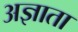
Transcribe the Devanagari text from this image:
अज्ञाता